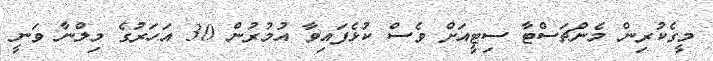
މީގެކުރިން މެންޗަސްޓާ ސިޓީއަށް ވެސް ކުޅެފައިވާ އުމުރުން 30 އަހަރުގެ މިލްނާ ވަނީ